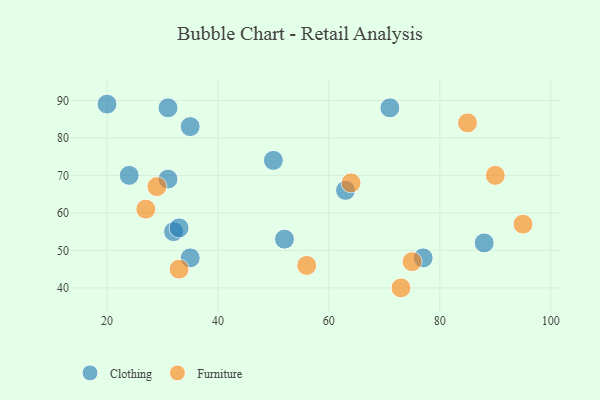
{"axis": {"x": "GDP", "y": "Life Expectancy"}, "legend": ["Clothing", "Furniture"], "data": [{"x": "50", "y": 74, "type": "Clothing"}, {"x": "52", "y": 53, "type": "Clothing"}, {"x": "71", "y": 88, "type": "Clothing"}, {"x": "31", "y": 88, "type": "Clothing"}, {"x": "35", "y": 48, "type": "Clothing"}, {"x": "35", "y": 83, "type": "Clothing"}, {"x": "63", "y": 66, "type": "Clothing"}, {"x": "20", "y": 89, "type": "Clothing"}, {"x": "32", "y": 55, "type": "Clothing"}, {"x": "24", "y": 70, "type": "Clothing"}, {"x": "77", "y": 48, "type": "Clothing"}, {"x": "33", "y": 56, "type": "Clothing"}, {"x": "88", "y": 52, "type": "Clothing"}, {"x": "31", "y": 69, "type": "Clothing"}, {"x": "75", "y": 47, "type": "Furniture"}, {"x": "56", "y": 46, "type": "Furniture"}, {"x": "64", "y": 68, "type": "Furniture"}, {"x": "33", "y": 45, "type": "Furniture"}, {"x": "29", "y": 67, "type": "Furniture"}, {"x": "85", "y": 84, "type": "Furniture"}, {"x": "90", "y": 70, "type": "Furniture"}, {"x": "95", "y": 57, "type": "Furniture"}, {"x": "27", "y": 61, "type": "Furniture"}, {"x": "73", "y": 40, "type": "Furniture"}]}